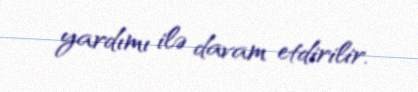
yardımı ilə davam etdirilir.